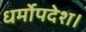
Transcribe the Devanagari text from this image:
धर्मोपदेश।